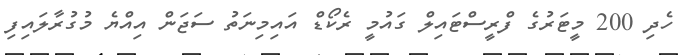
ހެދި 200 މީޓަރުގެ ފްރީސްޓައިލް ގައުމީ ރެކޯޑް އައިމިނަތު ސަޖަން އިއްޔެ މުގުރާލައިފި